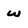
Character: w